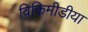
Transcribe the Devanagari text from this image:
विकिमीडीया